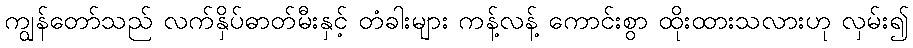
ကျွန်တော်သည် လက်နှိပ်ဓာတ်မီးနှင့် တံခါးများ ကန့်လန့် ကောင်းစွာ ထိုးထားသလားဟု လှမ်း၍